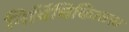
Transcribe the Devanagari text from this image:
निर्विचिकित्सत्त्व